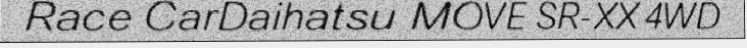
Race CarDaihatsu MOVE SR-XX 4WD